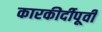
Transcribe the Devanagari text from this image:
कारकीर्दीपूर्वी